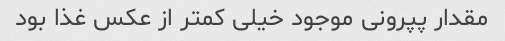
مقدار پپرونی موجود خیلی کمتر از عکس غذا بود